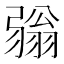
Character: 𢐢